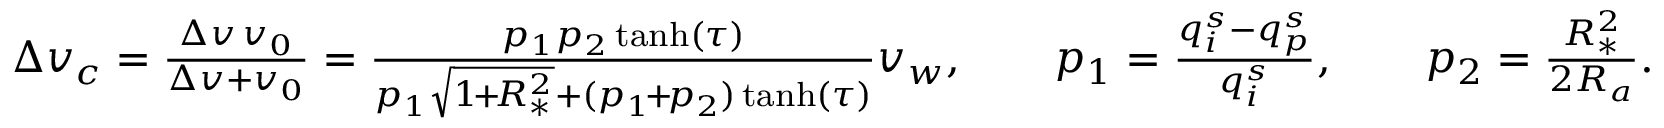
\begin{array} { r } { \Delta { v _ { c } } = \frac { \Delta v \, v _ { 0 } } { \Delta v + v _ { 0 } } = \frac { p _ { 1 } p _ { 2 } \operatorname { t a n h } ( \tau ) } { p _ { 1 } \sqrt { 1 \! + \! R _ { * } ^ { 2 } } + ( p _ { 1 } \! + \! p _ { 2 } ) \operatorname { t a n h } ( \tau ) } v _ { w } , \qquad p _ { 1 } = \frac { q _ { i } ^ { s } - q _ { p } ^ { s } } { q _ { i } ^ { s } } , \qquad p _ { 2 } = \frac { R _ { * } ^ { 2 } } { 2 R _ { a } } . } \end{array}